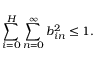
\sum _ { i = 0 } ^ { H } \sum _ { n = 0 } ^ { \infty } b _ { i n } ^ { 2 } \le 1 .